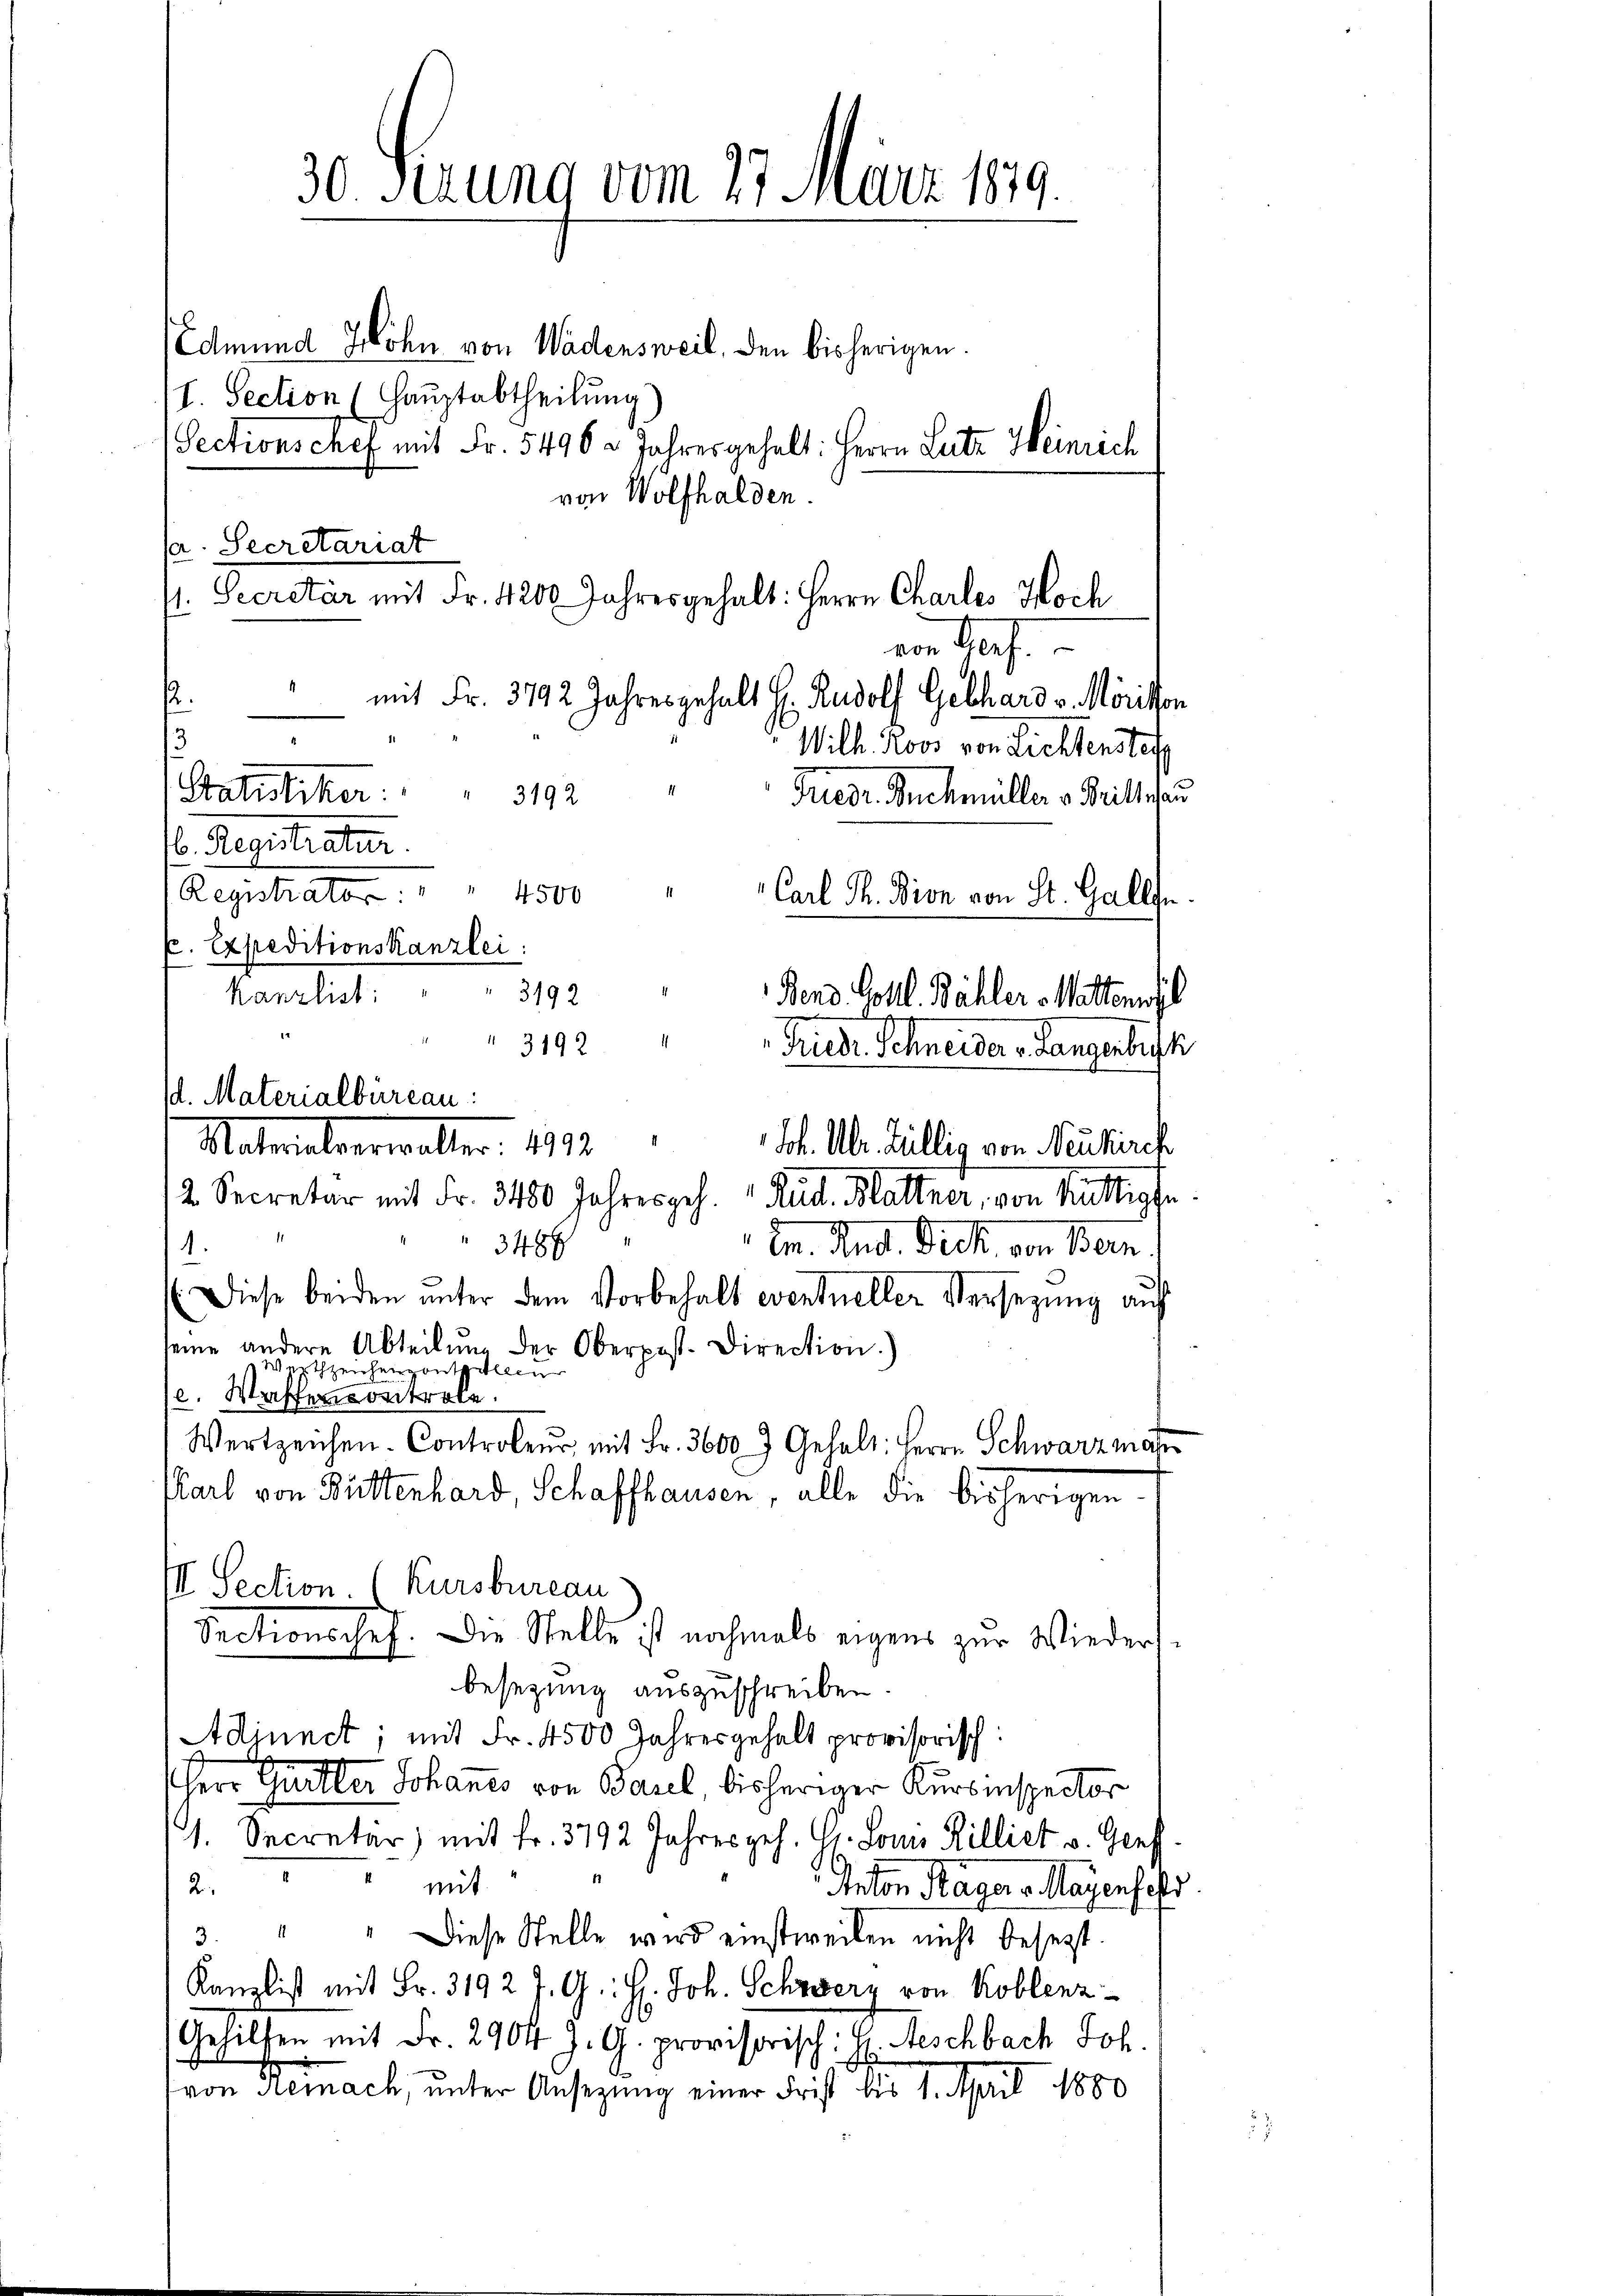
Edmund Zohn von Wadensweil, den bisherigen.
I. Section (Hauptabtheilung)
von Wolfhalden.
a. Secretariat
st. Secretär mit Fr. 1200 Jahresgehalt: Herrn Chartes Hoch

13
16. Registratur.

d. Materialbüreau:
Materalverwalter. 1822.
Joh. Ulr. Hüllig von Neukirch

30 Serung vom 27. März 1879.

von Haf
." mit Fr. 3192 Jahresgehalt Hr. Rudolf Gebhard v. Mörison
Wilh. Roos von Lichtenstet
Statistiker: " " 3192
Friedr. Buchmüller v. Trittnau
Registrator : " " 4500
Carl Th. Bion von St. Gallen.
p. Expeditionskanzlei:
Kanzlist: " " 3192 "
Bend. Goll. Bähler Mattenwyl

1
3192
Friedr. Schneider v. Langerbuch

Sectionschef mit Fr. 5496 2 Jahres gehalt: Herrn Lutz Heinrich

2. Secretär mit Fr. 3480 Jahresges. Rud. Blattner, von Muttigte
3486
In. And. Dich, von Bern.
1
(Diese beiden unter dem Vorbehalt eventueller Versezung auf
seine andere Abteilung der Oberpost. Direction.)
eptzeichenzontalicur
l. Wassencontrole.
Wertzeichen-Controleur mit Fr. 3600 Gehalt: Herrn Schwarz man
besezung auszuschreiben.
Adinnet; mit Fr. 4500 Jahresgehalt provisorisch:
Herr Quitter Johannes von Basel, bisheriger Kursinspector
1. Secretär mit Fr. 3792 Jahresges. H. Louis Rilliet v. Genf.
 mit
2
Anton Rager v. Mayenhofs
" " Diese Stelle wird einstweilen nicht besezt.
3.
Kanzlist mit Fr. 3192 J. G. H. Joh. Schweberz von Koblenz
Gehilfen mit Fr. 2904 J. G. provisorisch: H. Aeschbach Fol
von Gemach, unter Ansezung einer Frist bis 1. April 1880

Karl von Bittenhard, Schaffhausen, alle die bisherigen
III. Section (Kursbureau
Sectionschef. Die Stelle ist nochmals eigens zur Wieders